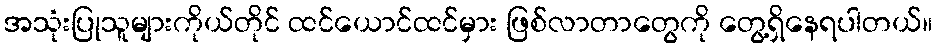
အသုံးပြုသူများကိုယ်တိုင် ထင်ယောင်ထင်မှား ဖြစ်လာတာတွေကို တွေ့ရှိနေရပါတယ်။